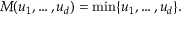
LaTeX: M ( u _ { 1 } , \ldots , u _ { d } ) = \operatorname* { m i n } \{ u _ { 1 } , \dots , u _ { d } \} .